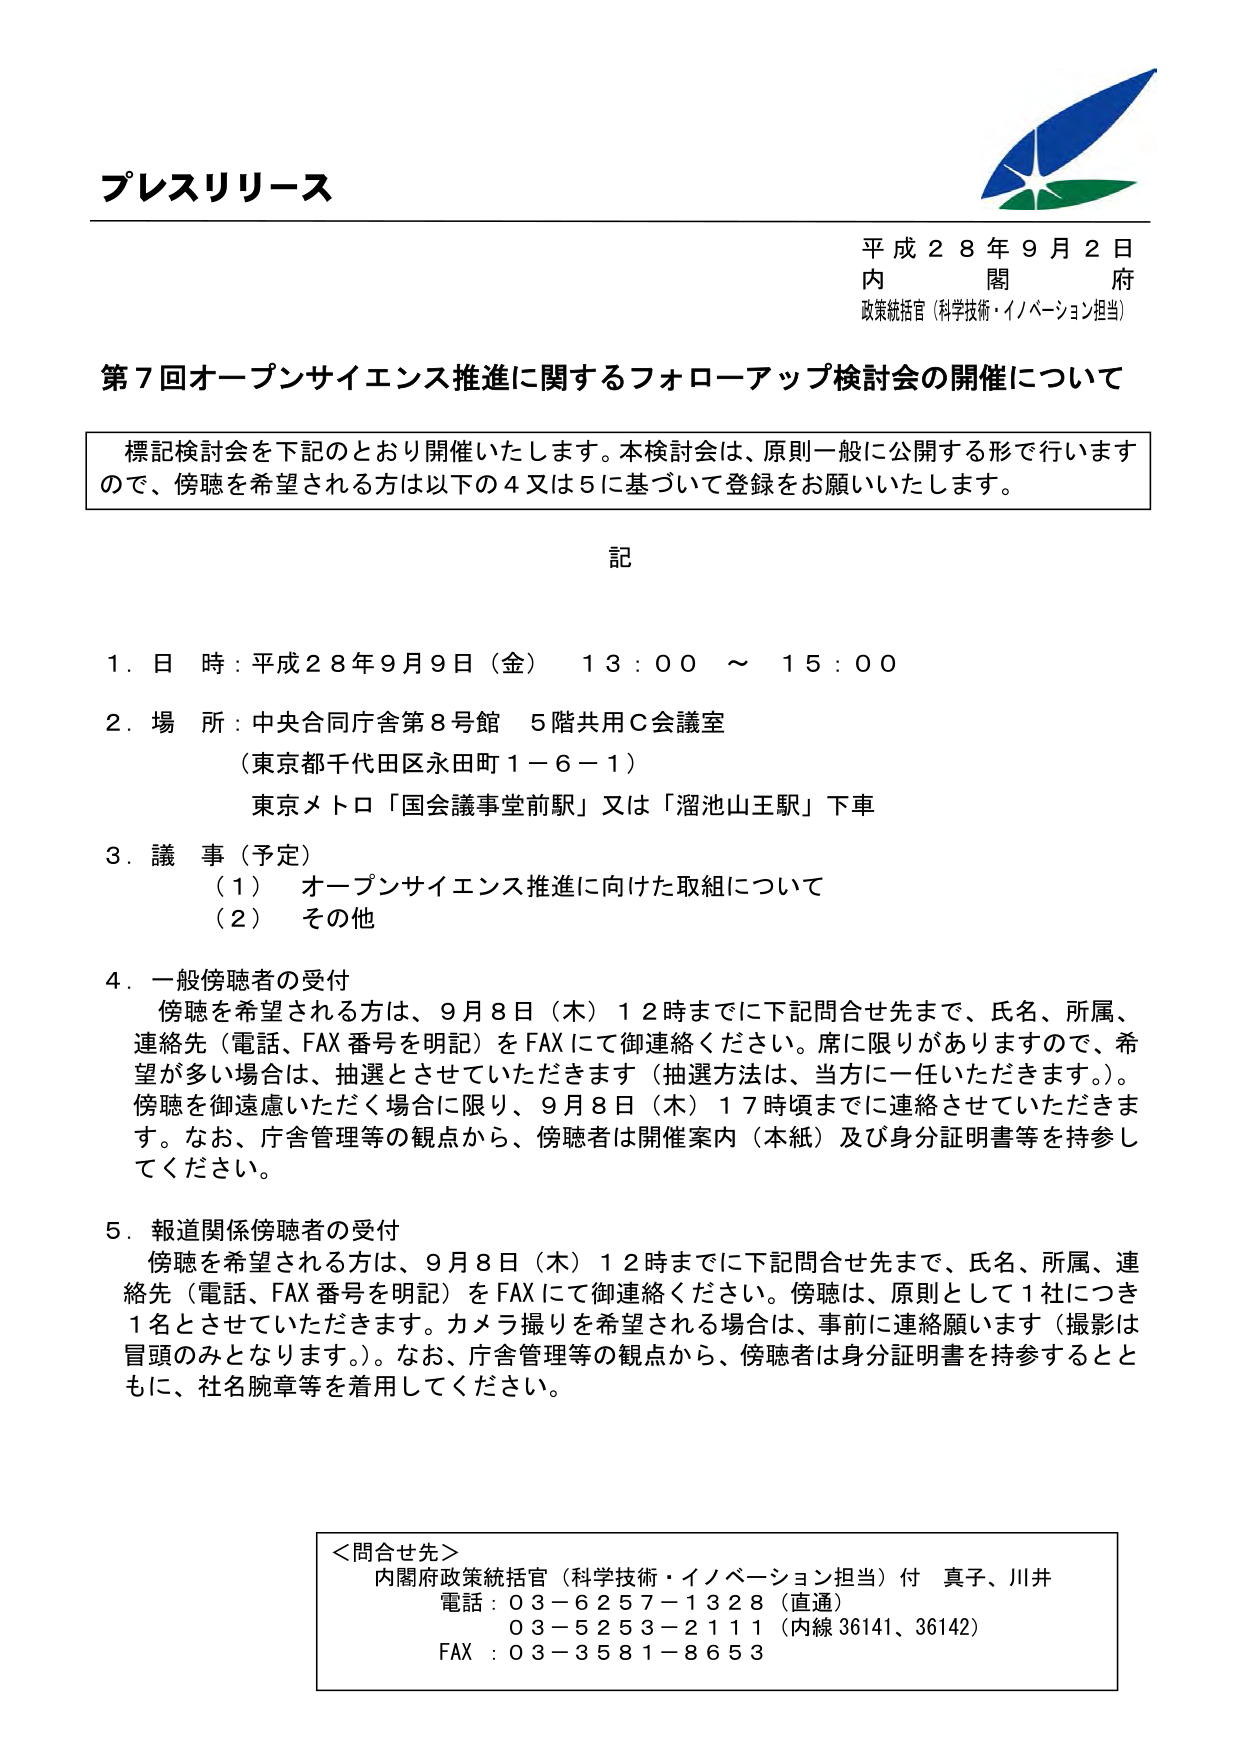
プレスリリース

平成２８年９月２日
内 閣 府
政策統括官（科学技術・イノベーション担当）

第７回オープンサイエンス推進に関するフォローアップ検討会の開催について

標記検討会を下記のとおり開催いたします。本検討会は、原則一般に公開する形で行いますので、傍聴を希望される方は以下の４又は５に基づいて登録をお願いいたします。

記

１．日 時：平成２８年９月９日（金） １３：００ ～ １５：００
２．場 所：中央合同庁舎８号館 ５階共用Ｃ会議室
　　　　（東京都千代田区永田町１－６－１）
　　　　東京メトロ「国会議事堂前駅」又は「溜池山王駅」下車
３．議 事（予定）
　　（１） オープンサイエンス推進に向けた取組について
　　（２） その他
４．一般傍聴者の受付
　　傍聴を希望される方は、９月８日（木）１２時までに下記問合せ先まで、氏名、所属、連絡先（電話、FAX番号を明記）をFAXにて御連絡ください。席に限りがありますので、希望が多い場合は、抽選とさせていただきます（抽選方法は、当方に一任いただきます。）。傍聴を御遠慮いただく場合に限り、９月８日（木）１７時頃までに連絡させていただきます。なお、庁舎管理等の観点から、傍聴者は開催案内（本紙）及び身分証明書等を持参してください。
５．報道関係傍聴者の受付
　　傍聴を希望される方は、９月８日（木）１２時までに下記問合せ先まで、氏名、所属、連絡先（電話、FAX番号を明記）をFAXにて御連絡ください。傍聴は、原則として１社につき１名とさせていただきます。カメラ撮りを希望される場合は、事前に連絡願います（撮影は冒頭のみとなります。）。なお、庁舎管理等の観点から、傍聴者は身分証明書を持参するとともに、社名腕章等を着用してください。

＜問合せ先＞
内閣府政策統括官（科学技術・イノベーション担当）付 真子、川井
電話：０３－６２５７－１３２８（直通）
　　　０３－５２５３－２１１１（内線 36141、36142）
FAX ：０３－３５８１－８６５３